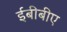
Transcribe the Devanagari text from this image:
ईबीबीए